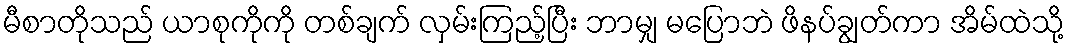
မီစာတိုသည် ယာစုကိုကို တစ်ချက် လှမ်းကြည့်ပြီး ဘာမျှ မပြောဘဲ ဖိနပ်ချွတ်ကာ အိမ်ထဲသို့